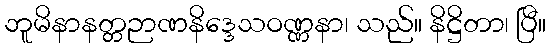
ဘူမိနာနတ္တဉာဏနိဒ္ဒေသဝဏ္ဏနာ၊ သည်။ နိဋ္ဌိတာ၊ ပြီ။